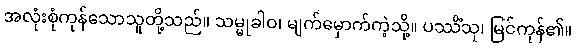
အလုံးစုံကုန်သောသူတို့သည်။ သမ္မုခါဝ၊ မျက်မှောက်ကဲ့သို့။ ပဿိံသု၊ မြင်ကုန်၏။